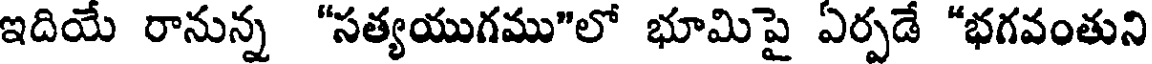
ఇదియే రానున్న "సత్యయుగము"లో భూమిపై ఏర్పడే "భగవంతుని